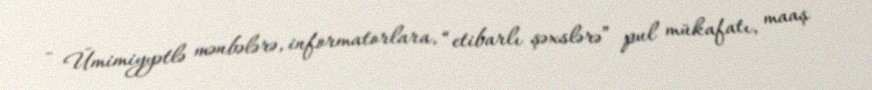
- Ümimiyyətlə mənbələrə, informatorlara, “etibarlı şəxslərə” pul mükafatı, maaş